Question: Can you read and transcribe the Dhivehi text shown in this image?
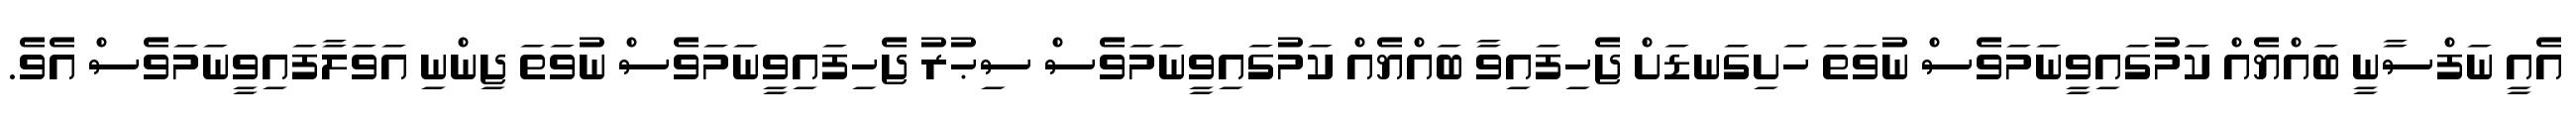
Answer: އެއީ ނަފްސާނީ ބައްޔެއް ކަމުގައިވީނަމަވެސް ނުވަތަ ހަށިގަނޑަށް ޖެހިފައިވާ ބައްޔެއް ކަމުގައިވީނަމަވެސް ސިޙުރު ޖެހިފައިވީނަމަވެސް ނުވަތަ ޖިންނި އަވަލާފައިވީނަމަވެސް އެވެ.